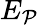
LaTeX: E_{\mathcal{P}}